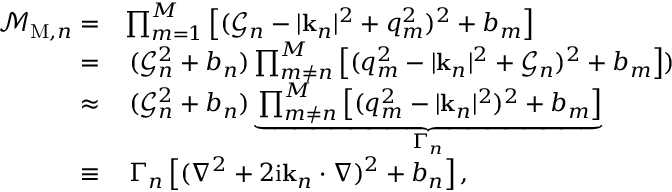
\begin{array} { r l } { \mathcal { M } _ { \mathrm { M } , n } = } & { \prod _ { m = 1 } ^ { M } \left[ ( \mathcal { G } _ { n } - | \mathbf { k } _ { n } | ^ { 2 } + q _ { m } ^ { 2 } ) ^ { 2 } + b _ { m } \right] } \\ { = } & { \, ( \mathcal { G } _ { n } ^ { 2 } + b _ { n } ) \prod _ { m \neq n } ^ { M } \left[ ( q _ { m } ^ { 2 } - | \mathbf { k } _ { n } | ^ { 2 } + \mathcal { G } _ { n } ) ^ { 2 } + b _ { m } \right] ) } \\ { \approx } & { \, ( \mathcal { G } _ { n } ^ { 2 } + b _ { n } ) \underbrace { \prod _ { m \neq n } ^ { M } \left[ ( q _ { m } ^ { 2 } - | \mathbf { k } _ { n } | ^ { 2 } ) ^ { 2 } + b _ { m } \right] } _ { \Gamma _ { n } } } \\ { \equiv } & { \, \Gamma _ { n } \left[ ( \nabla ^ { 2 } + 2 \mathrm { i } \mathbf { k } _ { n } \cdot \nabla ) ^ { 2 } + b _ { n } \right] , } \end{array}